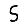
Digit: 5